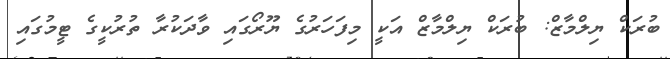
ބުރަކް ޔިލްމާޒް: ބުރަކް ޔިލްމާޒް އަކީ މިފަހަރުގެ ޔޫރޯގައި ވާދަކުރާ ތުރުކީގެ ޓީމުގައި